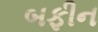
બફીન